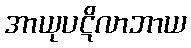
အာယုပဋိလာဘာယ